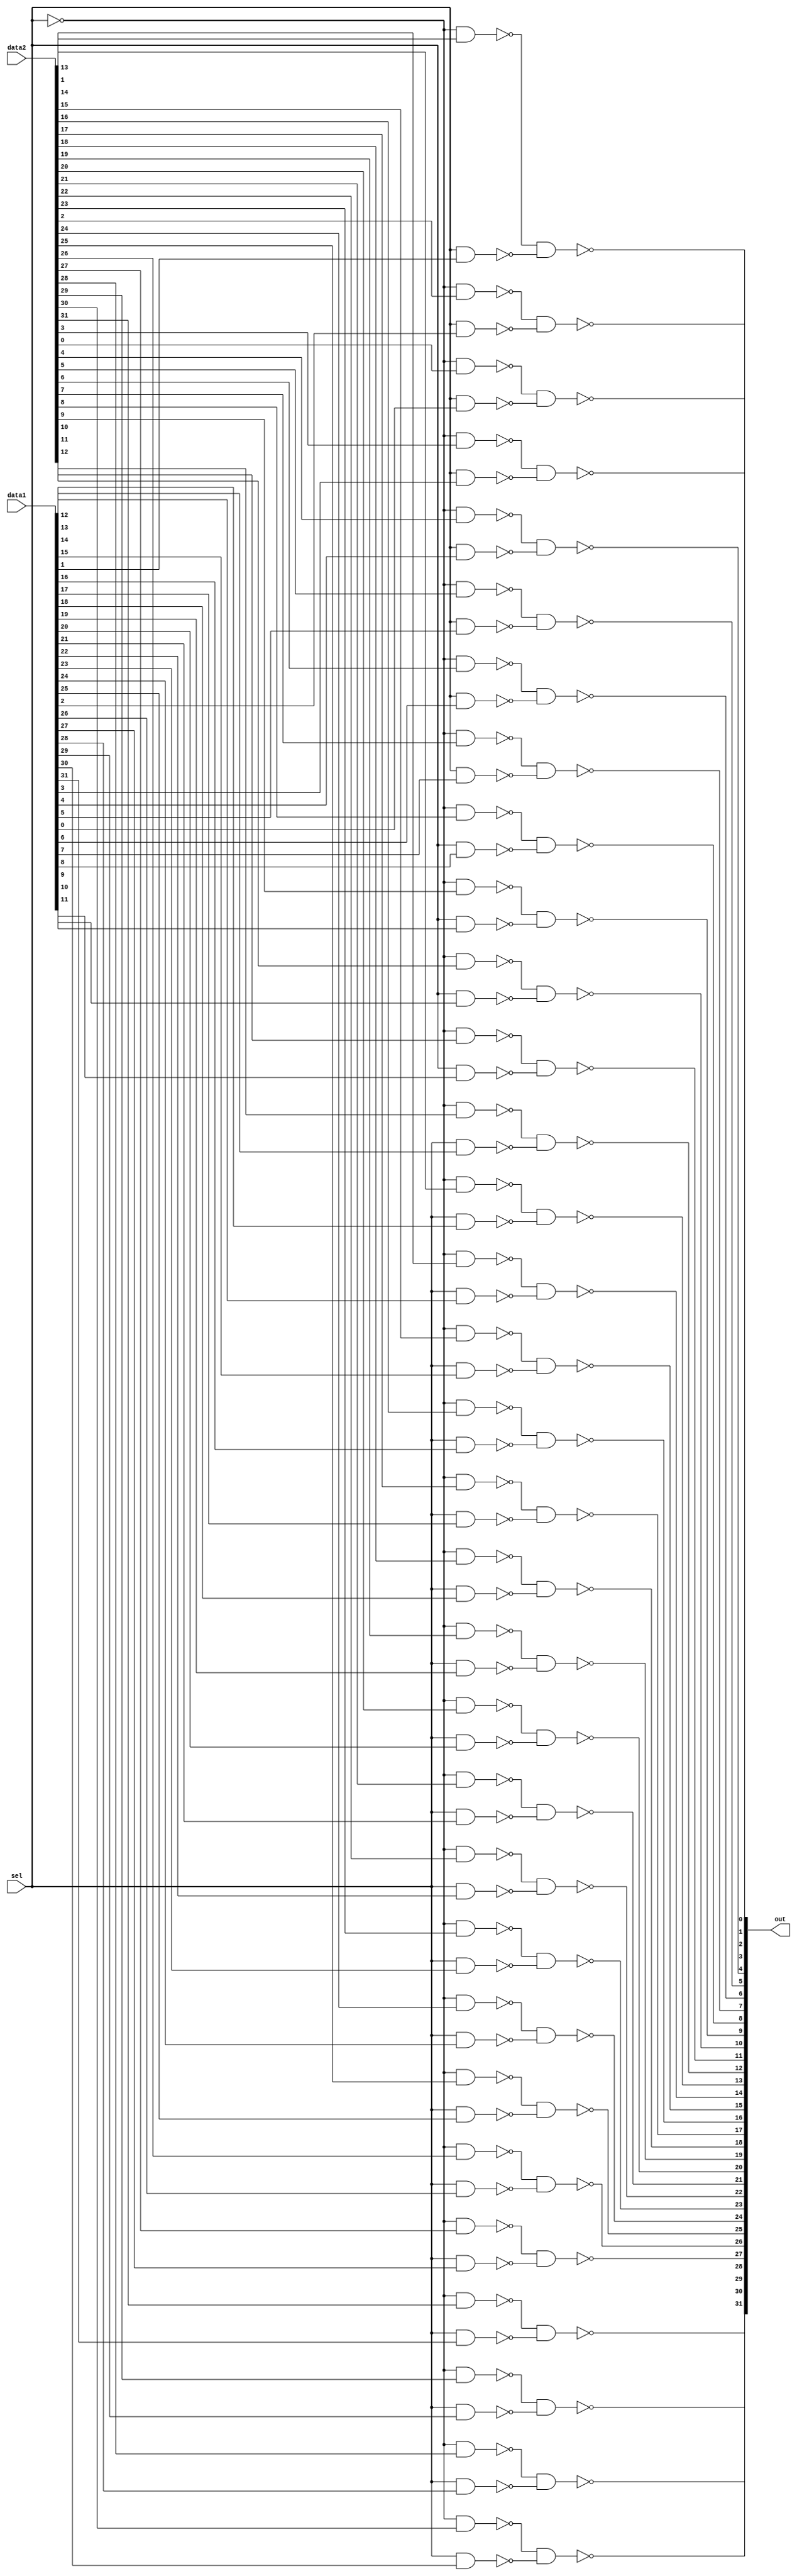
module mux_2to1(sel,out,data1,data2);
	// 1 = data1, 0 = data2
	input[31:0] data1, data2;
	input sel;
	output[31:0] out;
	
	genvar c;
	generate
		for (c = 0; c <= 31; c = c + 1) begin: loop1
			wire t0,t1,t2;
			nand _notA(t0,sel,sel);
			nand _nand1(t1,t0,data2[c]);
			nand _nand2(t2,sel,data1[c]);
			nand _nand3(out[c],t1,t2);
		end
	endgenerate

endmodule